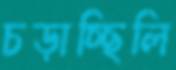
চড়াচ্ছিলি